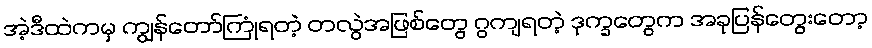
အဲ့ဒီထဲကမှ ကျွန်တော်ကြုံရတဲ့ တလွဲအဖြစ်တွေ ဂွကျရတဲ့ ဒုက္ခတွေက အခုပြန်တွေးတော့